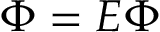
\Phi = E \boldsymbol { \Phi }